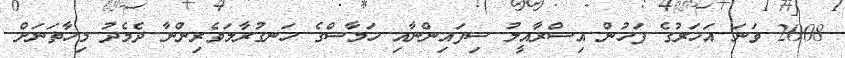
2008 ވަނަ އަހަރުގެ ފަހުން އިސްރާއީލު ސިފައިންނާއި ހަމާސްގެ ހަނގުރާމަވެރިންނާ ދެމެދު މިހާތަނަށް